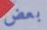
بعض